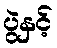
ပွဲနှင့်